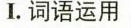
I. 词语运用